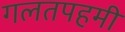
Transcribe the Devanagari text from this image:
गलतपहमी